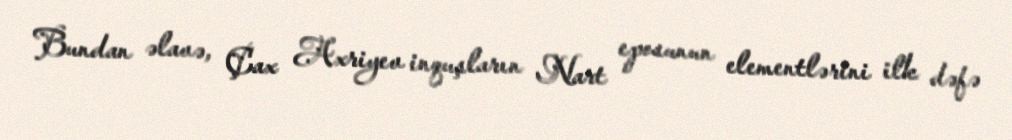
Bundan əlavə, Çax Axriyev inquşların Nart eposunun elementlərini ilk dəfə